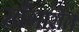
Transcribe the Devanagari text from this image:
खँगारोत